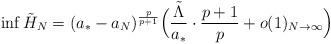
LaTeX: \begin{align*}\inf\tilde{H}_{N} = (a_{*}-a_{N})^{\frac{p}{p+1}} \Big(\frac{\tilde{\Lambda}}{a_{*}}\cdot\frac{p+1}{p} + o(1)_{N\to\infty}\Big)\end{align*}